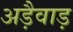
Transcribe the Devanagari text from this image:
अड़ैवाड़